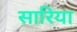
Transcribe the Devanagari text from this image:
सारिया